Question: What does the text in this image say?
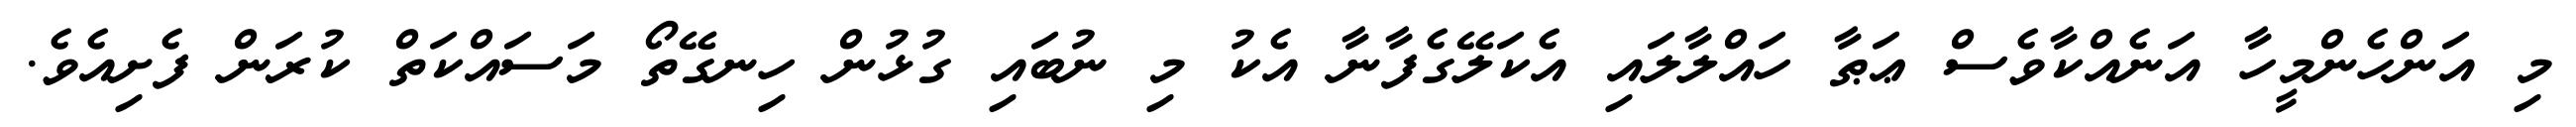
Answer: މި އަންހެންމީހާ އަނެއްކާވެސް ޢަޠާ ހައްލާލައި އެކަލޭގެފާނާ އެކު މި ނުބައި ގުޅުން ހިނގޭތޯ މަސައްކަތް ކުރަން ފެށިއެވެ.